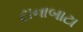
ટાનાબાટા